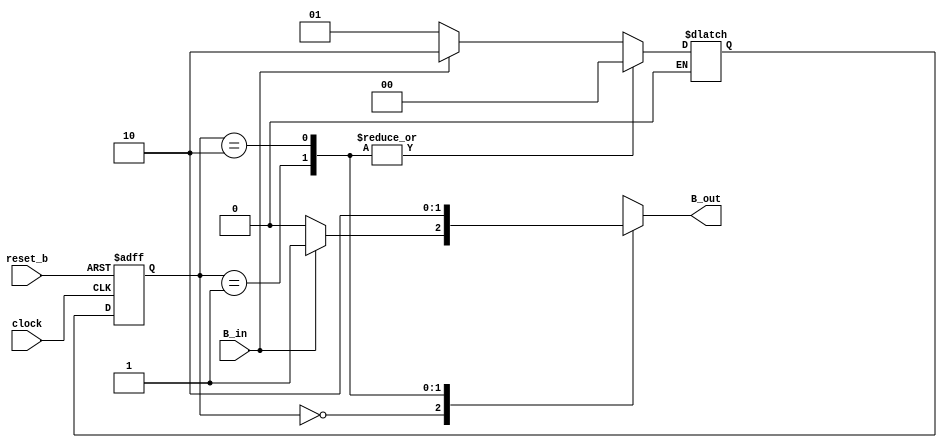
module NRZ_2_Manchester_Mealy (B_out, B_in, clock, reset_b);
  output 		B_out;
  input		B_in;
  input		clock, reset_b;
  reg [1:0]	state, next_state;
  reg		B_out;
  parameter	S_0 = 0,
		S_1 = 1,
		S_2 = 2,
dont_care_state = 2'bx,
dont_care_out = 1'bx;

  always @ (negedge clock or negedge reset_b)
   if (reset_b == 0) state <= S_0; else state <= next_state;

  always @ (state or B_in ) begin
    B_out = 0;
    case (state)						// Partially decoded
      S_0:	if (B_in == 0) next_state = S_1;  
        	else if (B_in == 1) begin next_state = S_2; B_out = 1; end
      S_1: begin next_state = S_0; B_out = 1;  end
      S_2: begin next_state = S_0;  end
      default:  begin next_state = dont_care_state; B_out = dont_care_out;  end
    endcase
  end 
endmodule
module test_SLCC ();
reg B_in, reset_b;
wire B_out, clock;

NRZ_2_Manchester_Mealy M1 (B_out, B_in, clock_2, reset_b);
Clock_1_2 M2 (clock_1, clock_2);

initial #200 $finish;

initial begin #1 reset_b = 0; #2 reset_b = 1; end
initial fork
B_in = 0;
#(M2.period_1) B_in = 1;
#(4*M2.period_1) B_in = 0;
#(6*M2.period_1) B_in = 1;
#(7*M2.period_1) B_in = 0;

join
endmodule